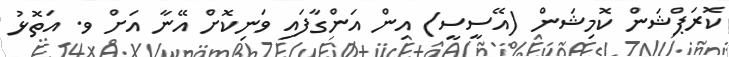
ކޮރަޕްޝަން ކޮމިޝަން (އޭސީސީ) އިން އަންގާފައި ވަނިކޮށް އޭނާ އަށް ވ. އަތޮޅު